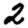
Digit: 2